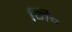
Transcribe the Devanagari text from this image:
नि॰